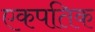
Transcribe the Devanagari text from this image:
एकपतिक